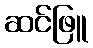
ဆင်ဖြူ